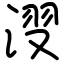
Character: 𣷺